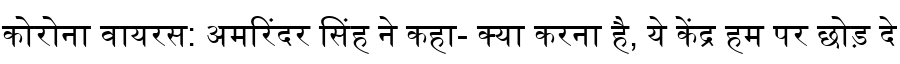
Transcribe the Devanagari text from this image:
कोरोना वायरस: अमरिंदर सिंह ने कहा- क्या करना है, ये केंद्र हम पर छोड़ दे